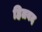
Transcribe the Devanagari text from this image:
हितवद